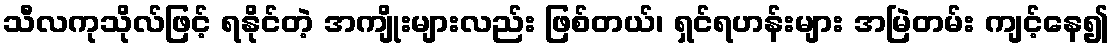
သီလကုသိုလ်ဖြင့် ရနိုင်တဲ့ အကျိုးများလည်း ဖြစ်တယ်၊ ရှင်ရဟန်းများ အမြဲတမ်း ကျင့်နေ၍